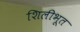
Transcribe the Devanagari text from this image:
शिलीभूत